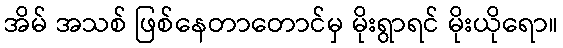
အိမ် အသစ် ဖြစ်နေတာတောင်မှ မိုးရွာရင် မိုးယိုရော။